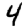
Digit: 4